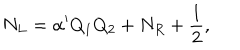
LaTeX: N _ { L } = \alpha ^ { \prime } Q _ { 1 } Q _ { 2 } + N _ { R } + { \frac { 1 } { 2 } } ,